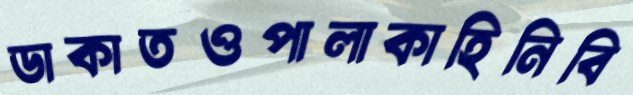
ডাকাতওপালাকাহিনিবি